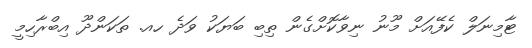
ޓާމިނަލް ކެފޭއަށް މޫނު ނިވާކޮށްގެން ތިބި ބަޔަކު ވަދެ ހއ. ތަކަންދޫ އިބްރާހިމީ